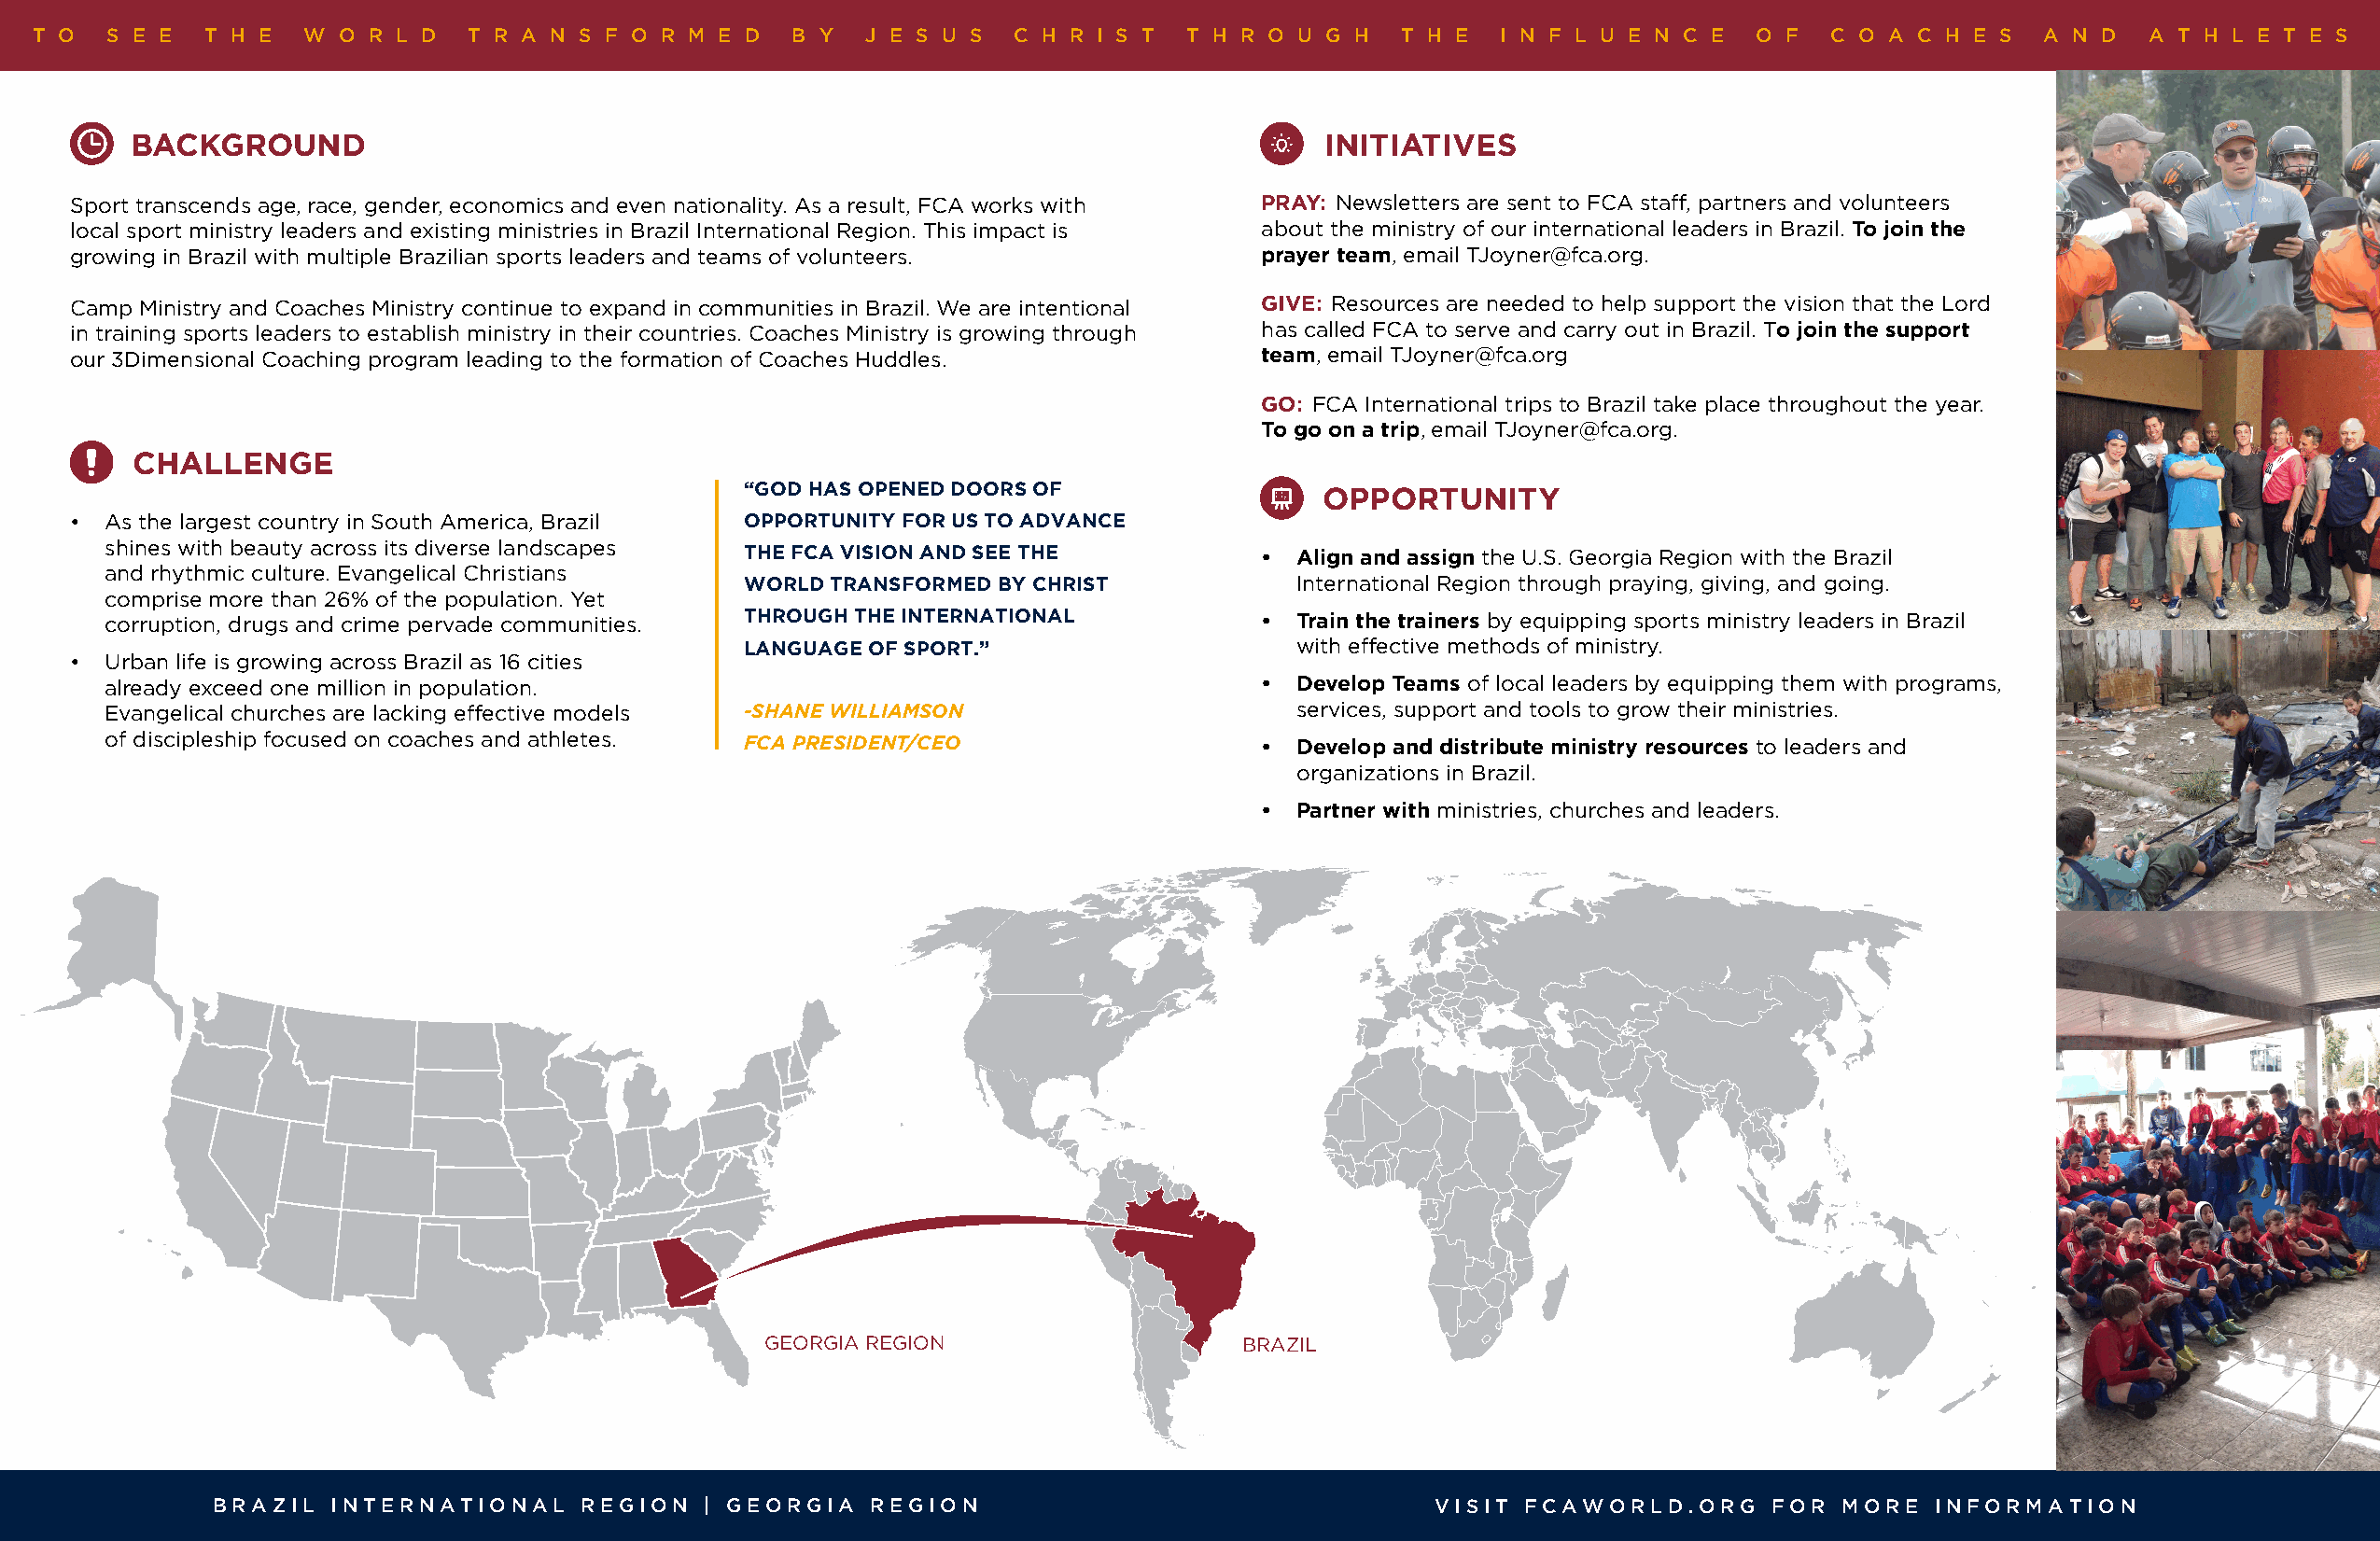
T O   S E E T H E   W O R L D  T R A N S F O R M E D  B Y  J E S U S  C H R I S T T H R O U G H  T H E  I N F L U E N C E  O F  C O A C H E S  A N D  A T H L E T E S
 BACKGROUND                                                                           INITIATIVES
 Sport transcends age, race, gender, economics and even nationality. As a result, FCA works with PRAY: Newsletters are sent to FCA staff, partners and volunteers
 local sport ministry leaders and existing ministries in Brazil International Region. This impact is about the ministry of our international leaders in Brazil. To join the
 growing in Brazil with multiple Brazilian sports leaders and teams of volunteers.   prayer team, email TJoyner@fca.org.
 Camp Ministry and Coaches Ministry continue to expand in communities in Brazil. We are intentional GIVE: Resources are needed to help support the vision that the Lord
 in training sports leaders to establish ministry in their countries. Coaches Ministry is growing through has called FCA to serve and carry out in Brazil. To join the support
 our 3Dimensional Coaching program leading to the formation of Coaches Huddles.      team, email TJoyner@fca.org
 GO: FCA International trips to Brazil take place throughout the year.
 To go on a trip, email TJoyner@fca.org.
 CHALLENGE
 “GOD HAS OPENED DOORS OF
 OPPORTUNITY
 • As the largest country in South America, Brazil OPPORTUNITY FOR US TO ADVANCE
 shines with beauty across its diverse landscapes THE FCA VISION AND SEE THE
 •  Align and assign the U.S. Georgia Region with the Brazil
 and rhythmic culture. Evangelical Christians
 WORLD TRANSFORMED BY CHRIST            International Region through praying, giving, and going.
 comprise more than 26% of the population. Yet
 corruption, drugs and crime pervade communities. THROUGH THE INTERNATIONAL        •  Train the trainers by equipping sports ministry leaders in Brazil
 LANGUAGE OF SPORT.”                    with effective methods of ministry.
 • Urban life is growing across Brazil as 16 cities
 already exceed one million in population.                                         •  Develop Teams of local leaders by equipping them with programs,
 Evangelical churches are lacking effective models -SHANE WILLIAMSON                  services, support and tools to grow their ministries.
 of discipleship focused on coaches and athletes. FCA PRESIDENT/CEO                •  Develop and distribute ministry resources to leaders and
 organizations in Brazil.
 •  Partner with ministries, churches and leaders.
 GEORGIA REGION                    BRAZIL
 BRAZIL  INTERNATIONAL     REGION   | GEORGIA   REGION                                  VISIT FCAWORLD.ORG      FOR  MORE  INFORMATION